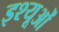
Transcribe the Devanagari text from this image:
इश्यूओं